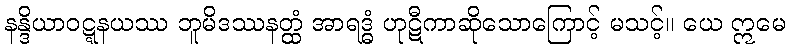
နန္ဒိယာဝဋ္ဋနယဿ ဘူမိဒဿနတ္ထံ အာရဒ္ဓံ ဟုဋီကာဆိုသောကြောင့် မသင့်။ ယေ ဣမေ